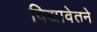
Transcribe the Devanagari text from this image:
विद्यावेतने